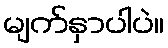
မျက်နှာပါပဲ။